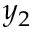
y _ { 2 }